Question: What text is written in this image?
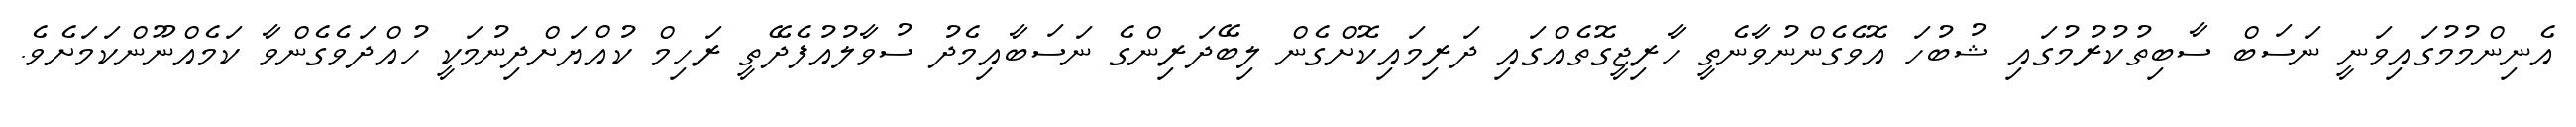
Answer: އެނިންމުމުގައިވަނީ ނަސަބް ސާބިތުކުރުމުގައި ޝުބުހަ އޮވެގެންނުވާނެތީ ހާރިޖީގޮތެއްގައި ދަރިމައިކޮށްގެން ލިބޭދަރިންގެ ނަސަބާއިމެދު ސުވާލުއުފެދޭތީ ރަހިމް ކުއްޔަށްދިނުމަކީ ހުއްދަވެގެންވާ ކަމެއްނޫންކަމަށެވެ.